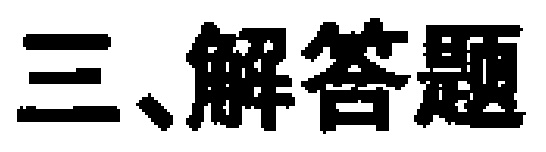
三、解答题